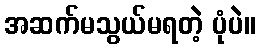
အဆက်မသွယ်မရတဲ့ ပုံပဲ။